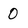
Character: 0